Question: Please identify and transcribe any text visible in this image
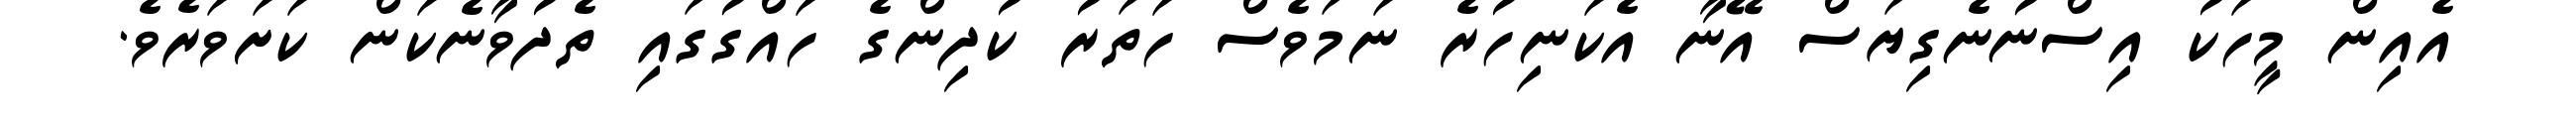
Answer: އެއިން މީހަކު އިސްނުނެގިޔަސް އޭނާ އެކަނިހުރެ ނަމަވެސް ހަތަރު ކުދިންގެ ހައްގުގައި ތެދުވާނެކަން ކަށަވަރެވެ.